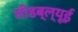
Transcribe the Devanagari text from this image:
सीडब्ल्यूई